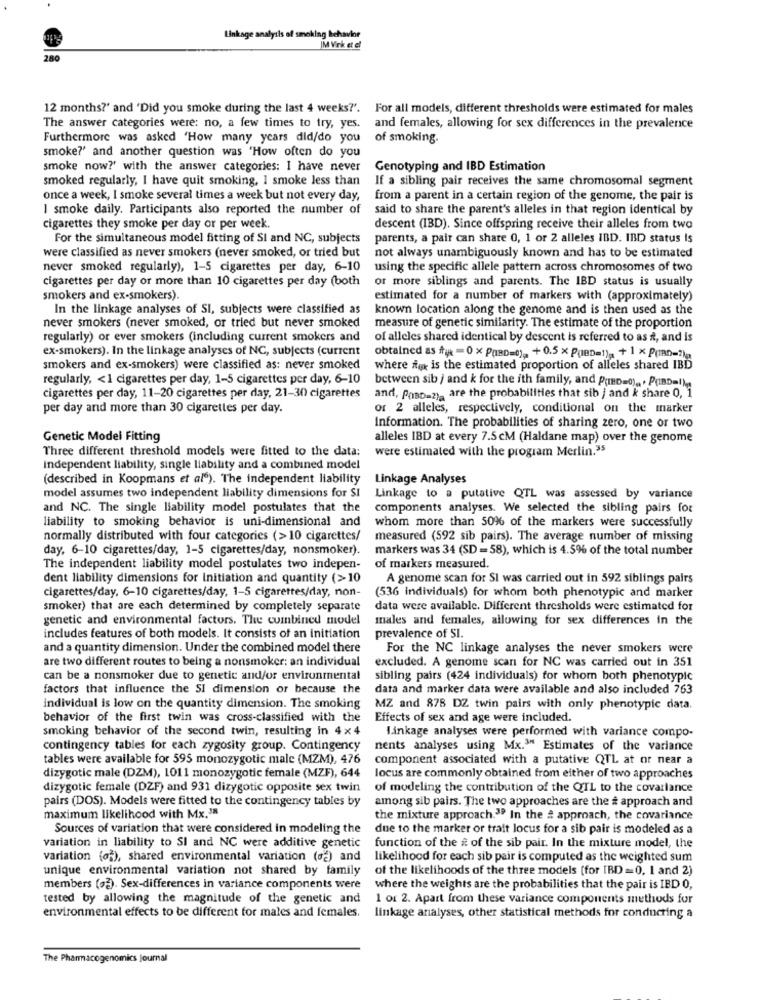
Linkage analysis of smoking behavior
IM Virk et al
280
12 months?' and 'Did you smoke during the last 4 weeks?'. For all models, different thresholds were estimated for males
The answer categories were: no, a few times to try, yes. and females, allowing for sex differences in the prevalence
Furthermore was asked "How many years did/do you
of smoking.
smoke?' and another question was 'How often do you
smoke now?' with the answer categories: I have never
Genotyping and IBD Estimation
smoked regularly, I have quit smoking, I smoke less than
If a sibling pair receives the same chromosomal segment
once a week, I smoke several times a week but not every day,
from a parent in a certain region of the genome, the pair is
I smoke daily. Participants also reported the number of
said to share the parent's alleles in that region identical by
cigarettes they smoke per day or per week.
descent (IBD). Since offspring receive their alleles from two
For the simultaneous model fitting of SI and NC, subjects
parents, a pair can share 0, 1 or 2 alleles IBD. IBD status is
were classified as never smokers (never smoked, or tried but
not always unambiguously known and has to be estimated
never smoked regularly), 1-5 cigarettes per day, 6-10
using the specific allele pattern across chromosomes of two
cigarettes per day or more than 10 cigarettes per day (both
or more siblings and parents. The IBD status is usually
smokers and ex-smokers).
estimated for a number of markers with (approximately)
In the linkage analyses of SI, subjects were classified as
known location along the genome and is then used as the
never smokers (never smoked, or tried but never smoked
measure of genetic similarity. The estimate of the proportion
regularly) or ever smokers (including current smokers and
of alleles shared identical by descent is referred to as it, and is
ex-smokers). In the linkage analyses of NC, subjects (current
obtained as fy = 0 x PaBD=0), +0.5xP(IBD=1) +1xp(man=2)a
smokers and ex-smokers) were classified as: never smoked
where for is the estimated proportion of alleles shared IBD
regularly, < 1 cigarettes per day, 1-5 cigarettes per day, 6-10
between sib / and k for the ith family, and P(ID=0) .. . PUBDal)
cigarettes per day, 11-20 cigarettes per day, 21-30 cigarettes
and, PoBD=2), are the probabilities that sib / and k share 0, 1
per day and more than 30 cigarettes per day.
or 2 alleles, respectively, conditional on the marker
Information. The probabilities of sharing zero, one or two
Genetic Model Fitting
alleles IBD at every 7.5 cM (Haldane map) over the genome
Three different threshold models were fitted to the data;
were estimated with the program Merlin.35
independent liability, single liability and a combined model
(described in Koopmans et al"). The independent liability
Linkage Analyses
model assumes two independent liability dimensions for SI
Linkage to a putative QTL was assessed by variance
and NC. The single liability model postulates that the
components analyses. We selected the sibling pairs for
liability to smoking behavior is uni-dimensional and
whom more than 50% of the markers were successfully
normally distributed with four categories (>10 cigarettes/
measured (592 sib pairs). The average number of missing
day, 6-10 cigarettes/day, 1-5 cigarettes/day, nonsmoker).
markers was 34 (SD =58), which is 4.5% of the total number
The independent liability model postulates two indepen-
of markers measured.
dent liability dimensions for initiation and quantity (>10
A genome scan for SI was carried out in 592 siblings pairs
cigarettes/day, 6-10 cigarettes/day, 1-5 cigarettes/day, non-
(536 individuals) for whom both phenotypic and marker
smoker) that are each determined by completely separate
data were available. Different thresholds were estimated for
genetic and environmental factors. The combined model
males and females, allowing for sex differences in the
includes features of both models. It consists of an initiation
prevalence of SI.
and a quantity dimension. Under the combined model there
For the NC linkage analyses the never smokers were
are two different routes to being a nonsmoker: an individual
excluded. A genome scan for NC was carried out in 351
can be a nonsmoker due to genetic and/or environmental
sibling pairs (424 individuals) for whom both phenotypic
factors that influence the SI dimension or because the
data and marker data were available and also included 763
individual is low on the quantity dimension. The smoking
MZ and 878 DZ twin pairs with only phenotypic data.
behavior of the first twin was cross-classified with the
Effects of sex and age were included.
smoking behavior of the second twin, resulting in 4x4
Linkage analyses were performed with variance compo-
contingency tables for each zygosity group. Contingency
nents analyses using Mx."" Estimates of the variance
tables were available for 595 monozygotic male (MZM), 476
component associated with a putative QTL at or near a
dizygotic male (DZM), 1011 monozygotic female (MZF), 644
locus are commonly obtained from either of two approaches
dizygotic female (DZF) and 931 dizygotic opposite sex twin
of modeling the contribution of the QTL to the covariance
pairs (DOS). Models were fitted to the contingency tables by
among sib pairs. The two approaches are the & approach and
maximum likelihood with Mx."
the mixture approach."" In the & approach, the covariance
Sources of variation that were considered in modeling the
due to the marker or trait locus for a sib pair is modeled as a
variation in liability to SI and NC were additive genetic
function of the ft of the sib pair. In the mixture model, the
variation (ot), shared environmental variation (ø2) and
likelihood for each sib pair is computed as the weighted sum
unique environmental variation not shared by family
of the likelihoods of the three models (for IBD=0. 1 and 2)
members (o). Sex-differences in variance components were
where the weights are the probabilities that the pair is IBD 0,
tested by allowing the magnitude of the genetic and
1 or 2. Apart from these variance components methods for
environmental effects to be different for males and females.
linkage analyses, other statistical methods for conducting a
The Pharmacogenomics Journal